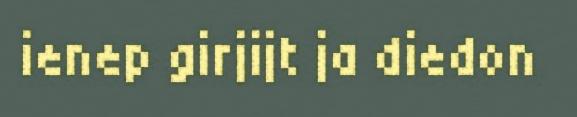
ienep girjijt ja diedon